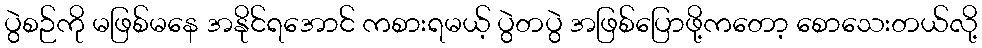
ပွဲစဉ်ကို မဖြစ်မနေ အနိုင်ရအောင် ကစားရမယ့် ပွဲတပွဲ အဖြစ်ပြောဖို့ကတော့ စောသေးတယ်လို့